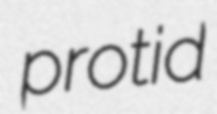
protid